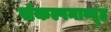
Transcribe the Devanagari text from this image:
संकल्पनाव्यूह